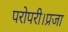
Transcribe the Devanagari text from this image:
परोपरी।प्रजा